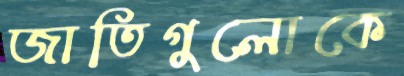
জাতিগুলোকে